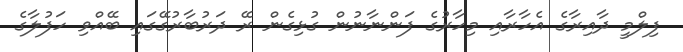
ފިލްމީ ދާއިރާގެ އެހާރާއި މިހާރުގެ ފަންނާނުން ގުޅިގެން ރޭ ދަރުބާރުގޭގައި ބޭއްވި ހަފުލާގެ